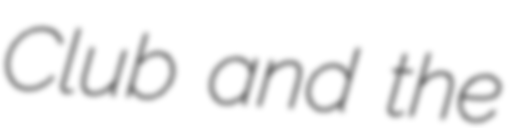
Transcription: Club and the